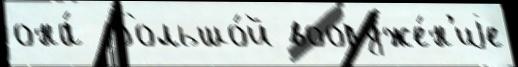
она́  большо́й вооруже́н'иjе